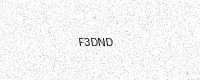
Text: F3DND